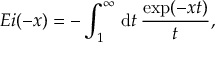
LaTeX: E i ( - x ) = - \int _ { 1 } ^ { \infty } \, \mathrm { d } t \, \frac { \exp ( - x t ) } { t } ,